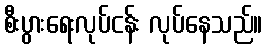
စီးပွားရေးလုပ်ငန်း လုပ်နေသည်။